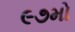
૯૭મો